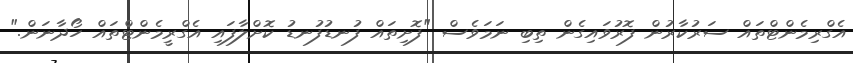
އެގްރިމެންޓްތައް ސަރުކާރުން ފޮރުވައިގެން ތިބި ނަމަވެސް "ފޮށިތައް ފުނޑުފުނޑު ކޮށްލާފައި އެގްރީމެންޓްތައް ހޯދާނަން."